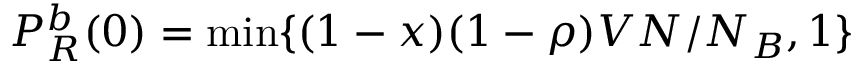
P _ { R } ^ { b } ( 0 ) = \mathrm { m i n } \{ ( 1 - x ) ( 1 - \rho ) V N / N _ { B } , 1 \}